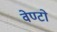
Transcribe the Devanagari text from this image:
वेण्टो